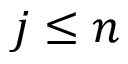
j \leq n